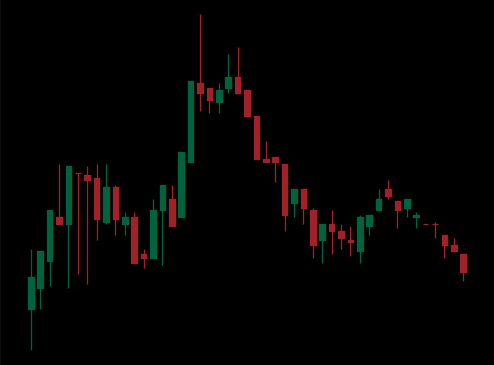
Pattern: head_shoulders